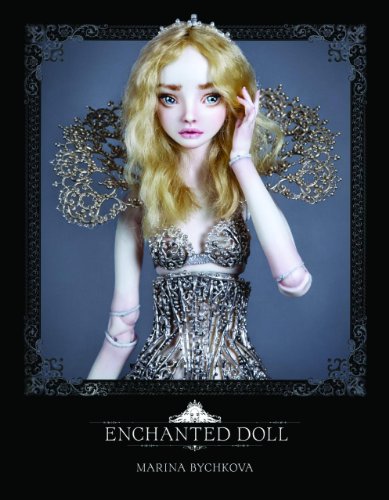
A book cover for Enchanted Doll; Marina Bychkova; Crafts, Hobbies & Home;